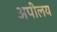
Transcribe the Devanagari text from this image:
अपीलय